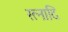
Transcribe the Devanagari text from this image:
रत्नादि